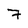
Character: 7